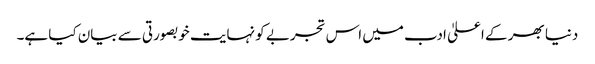
دنیا بھر کے اعلیٰ ادب میں اس تجربے کو نہایت خوبصورتی سے بیان کیا ہے۔